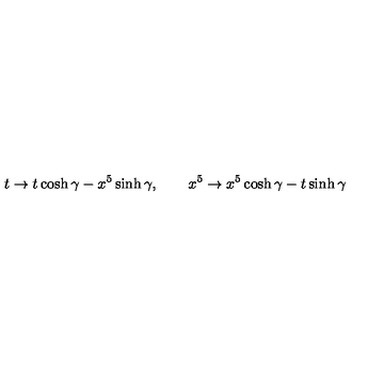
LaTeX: t \rightarrow t \cosh \gamma - x ^ { 5 } \sinh \gamma , \qquad x ^ { 5 } \rightarrow x ^ { 5 } \cosh \gamma - t \sinh \gamma